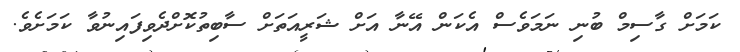
ކަމަށް ގާސިމް ބުނި ނަމަވެސް އެކަން އޭނާ އަށް ޝަރީއަތަށް ސާބިތުކޮށްދެވިފައިނުވާ ކަމަށެވެ.